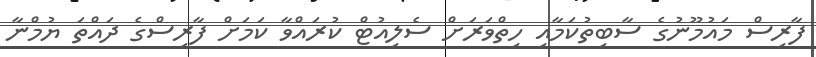
ފާރިސް މައުމޫނުގެ ސާބިތުކަމާއި ހިތްވަރަށް ސެލިއުޓް ކުރައްވާ ކަމަށް ފާރިސްގެ ދައްތަ ޔުމްނާ